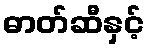
ဓာတ်ဆီနှင့်